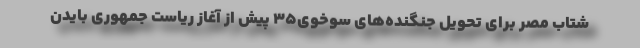
شتاب مصر برای تحویل جنگنده‌های سوخوی۳۵ پیش از آغاز ریاست جمهوری بایدن